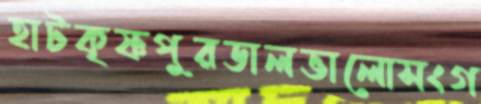
হাটকৃষ্ণপুরডালভালোসংগ